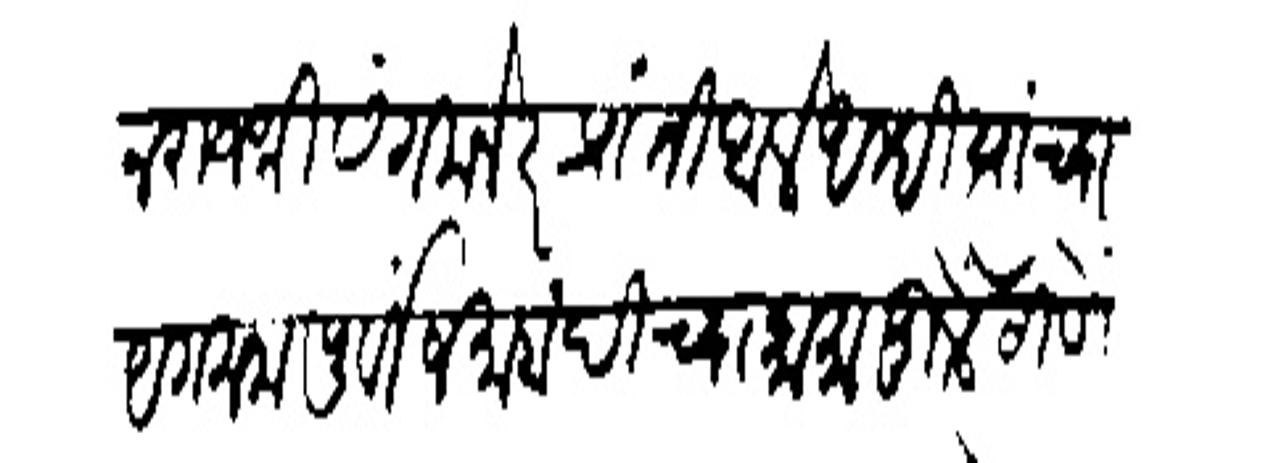
Transliteration (Devanagari): त्यावरून राजश्री संगमनेर प्रांती आले आम्ही त्यांच्या अगमनापूर्वी जमाबंदीच्या कामामुळें ठाणे